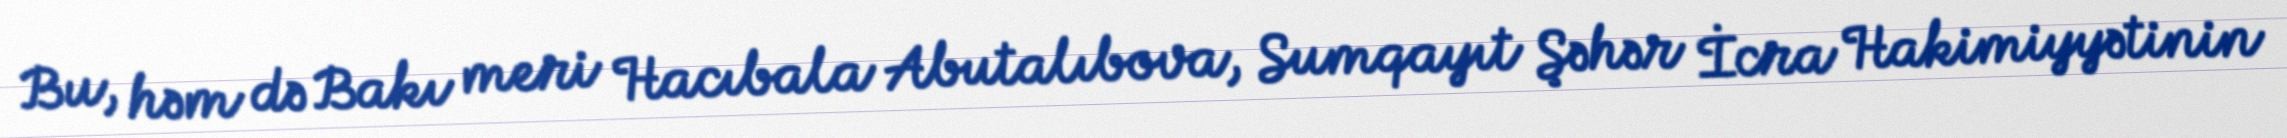
Bu, həm də Bakı meri Hacıbala Abutalıbova, Sumqayıt Şəhər İcra Hakimiyyətinin